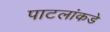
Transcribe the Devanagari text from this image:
पाटलांकडे